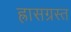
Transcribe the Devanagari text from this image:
ह्रासग्रस्त